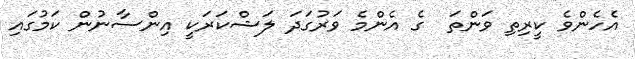
އެހެންވެ ކީރިތި ވަންތަ  ގެ އެންމެ ވަރުގަދަ ލަޝްކަރަކީ އިންސާނުން ކަމުގައި